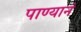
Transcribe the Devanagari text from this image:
पाण्यानं